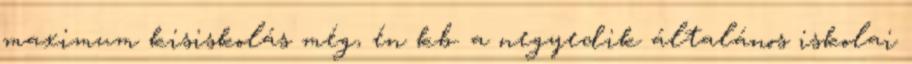
maximum kisiskolás még, én kb. a negyedik általános iskolai